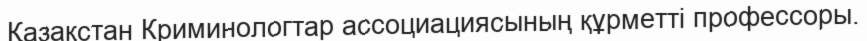
Қазақстан Криминологтар ассоциациясының құрметті профессоры.